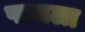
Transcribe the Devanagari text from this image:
पाजला